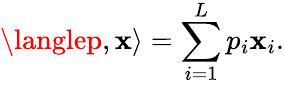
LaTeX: \langlep,\mathbf{x}\rangle=\sum_{i=1}^{L}p_{i}\mathbf{x}_{i}.